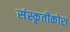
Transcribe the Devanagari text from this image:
संस्कृतीकोश